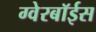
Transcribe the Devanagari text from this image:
ग्‍वेरबॉईस